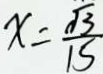
x = \frac { \sqrt { 3 } } { 1 5 }